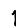
Digit: 1